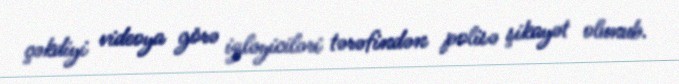
çəkdiyi videoya görə izləyiciləri tərəfindən polisə şikayət olunub.